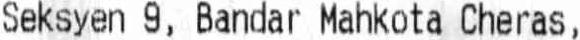
SEKSYEN 9, BANDAR MAHKOTA CHERAS,